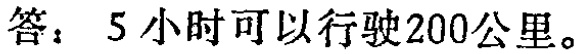
答：5小时可以行驶200公里。